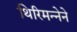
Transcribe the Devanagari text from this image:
थिरिमन्नेने